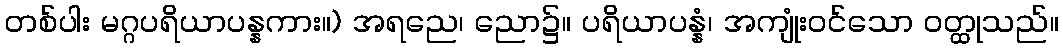
တစ်ပါး မဂ္ဂပရိယာပန္နကား။) အရညေ၊ ညော၌။ ပရိယာပန္နံ၊ အကျုံးဝင်သော ဝတ္ထုသည်။